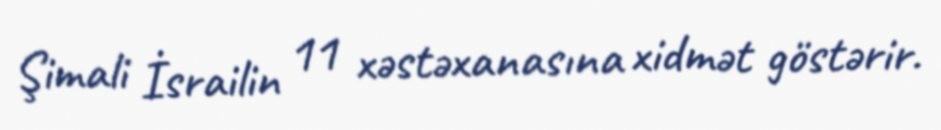
Şimali İsrailin 11 xəstəxanasına xidmət göstərir.